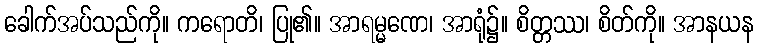
ခေါက်အပ်သည်ကို။ ကရောတိ၊ ပြု၏။ အာရမ္မဏေ၊ အာရုံ၌။ စိတ္တဿ၊ စိတ်ကို။ အာနယန